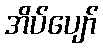
အိပ်ပျော်